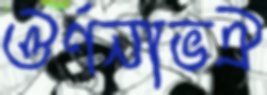
ঔর্ণনাভঐ